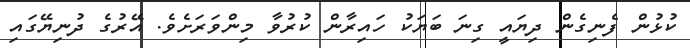
ކުޅުން ފެނިގެން ދިޔައީ ގިނަ ބަޔަކު ހައިރާން ކުރުވާ މިންވަރަށެވެ. އޭރުގެ ދުނިޔޭގައި